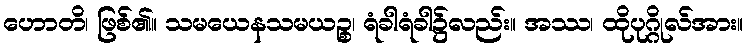
ဟောတိ၊ ဖြစ်၏။ သမယေနသမယဉ္စ၊ ရံခါရံခါ၌လည်း။ အဿ၊ ထိုပုဂ္ဂိုလ်အား။